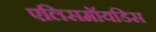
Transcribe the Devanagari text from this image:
एलिसमॉयडिस